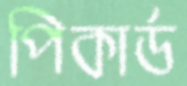
পিকার্ড